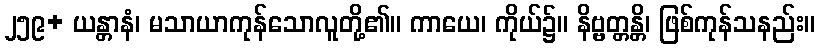
၂၅၉+ ယန္တာနံ၊ မသာယာကုန်သောလူတို့၏။ ကာယေ၊ ကိုယ်၌။ နိဗ္ဗတ္တန္တိ၊ ဖြစ်ကုန်သနည်း။